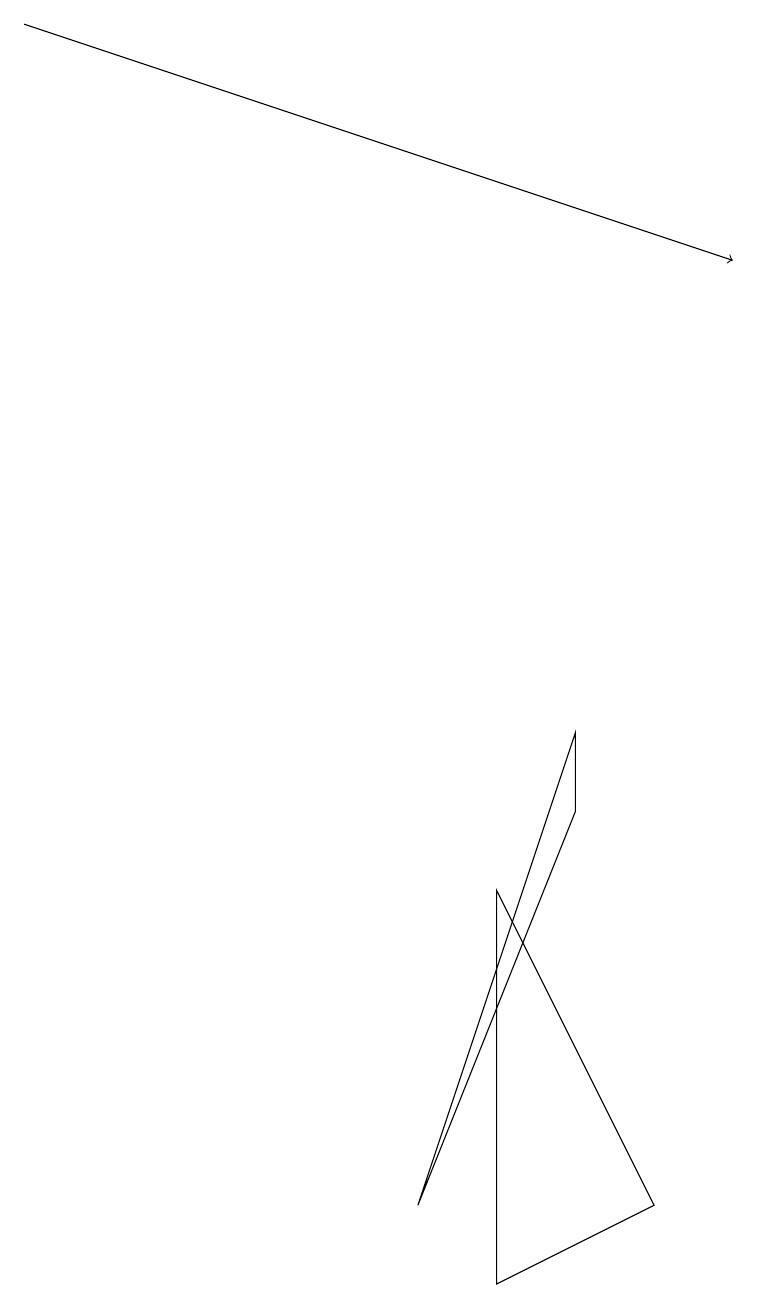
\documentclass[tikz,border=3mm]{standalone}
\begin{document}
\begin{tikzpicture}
\draw (6,1) -- (8,2) -- (6,6) -- cycle;
\draw (7,7) -- (5,2) -- (7,8) -- cycle;
\draw[->] (0,17) -- (9,14);
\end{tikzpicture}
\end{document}